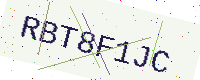
Text: RBT8F1JC